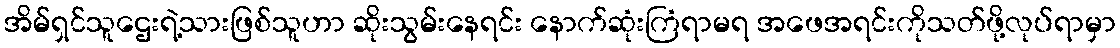
အိမ်ရှင်သူဌေးရဲ့သားဖြစ်သူဟာ ဆိုးသွမ်းနေရင်း နောက်ဆုံးကြံရာမရ အဖေအရင်းကိုသတ်ဖို့လုပ်ရာမှာ